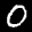
Label: 0